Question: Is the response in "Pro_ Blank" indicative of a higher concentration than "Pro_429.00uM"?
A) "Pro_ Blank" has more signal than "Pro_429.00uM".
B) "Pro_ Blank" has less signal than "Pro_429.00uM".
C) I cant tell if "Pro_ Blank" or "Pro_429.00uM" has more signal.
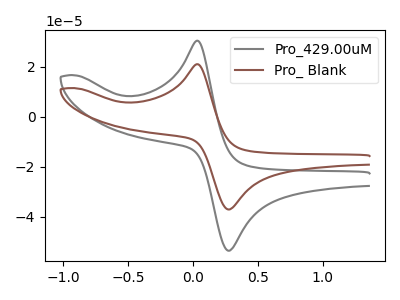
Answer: <think>The gray curve "Pro_429.00uM" has an anodic peak at (0.05V, 30.55uA) and a cathodic peak at (0.30V, -53.55uA). The brown curve "Pro_ Blank" has an anodic peak at (0.05V, 21.15uA) and a cathodic peak at (0.30V, -37.05uA).
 All the peaks in "Pro_ Blank" have a peak in "Pro_429.00uM" at the same potential. Every peak in "Pro_ Blank" is lower than every peak in "Pro_429.00uM".</think>
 <answer>B) "Pro_ Blank" has less signal than "Pro_429.00uM".</answer>
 <eval>B</eval>